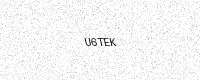
Text: U6TEK